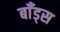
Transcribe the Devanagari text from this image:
बाँड्स